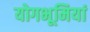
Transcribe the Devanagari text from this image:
योगभूमियां